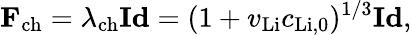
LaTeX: \mathbf{F}_{\mathrm{ch}}=\lambda_{\mathrm{ch}}\mathbf{Id}=(1+v_{\mathrm{Li}}c_{\mathrm{Li,0}})^{1/3}\mathbf{Id},